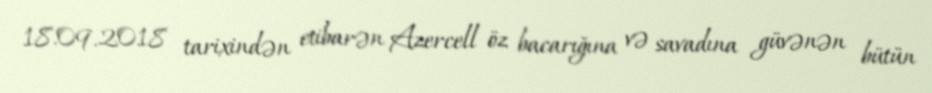
18.09.2018 tarixindən etibarən Azercell öz bacarığına və savadına güvənən bütün